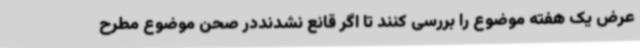
عرض یک هفته موضوع را بررسی کنند تا اگر قانع نشدنددر صحن موضوع مطرح